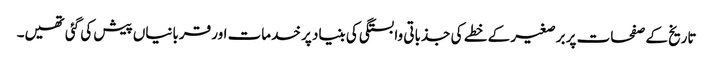
تاریخ کے صفحات پر برصغیر کے خطے کی جذباتی وابستگی کی بنیاد پر خدمات اور قربانیاں پیش کی گئی تھیں۔